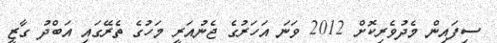
ސިފައިން މެދުވެރިކޮށް 2012 ވަނަ އަހަރުގެ ޖެނުއަރީ މަހުގެ ތެރޭގައި އަބްދު ގާޒީ